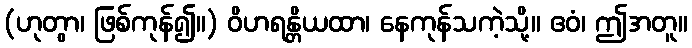
(ဟုတွာ၊ ဖြစ်ကုန်၍။) ဝိဟရန္တိယထာ၊ နေကုန်သကဲ့သို့။ ဧဝံ၊ ဤအတူ။